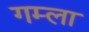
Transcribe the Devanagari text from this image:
गम्ला